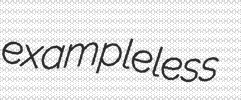
exampleless